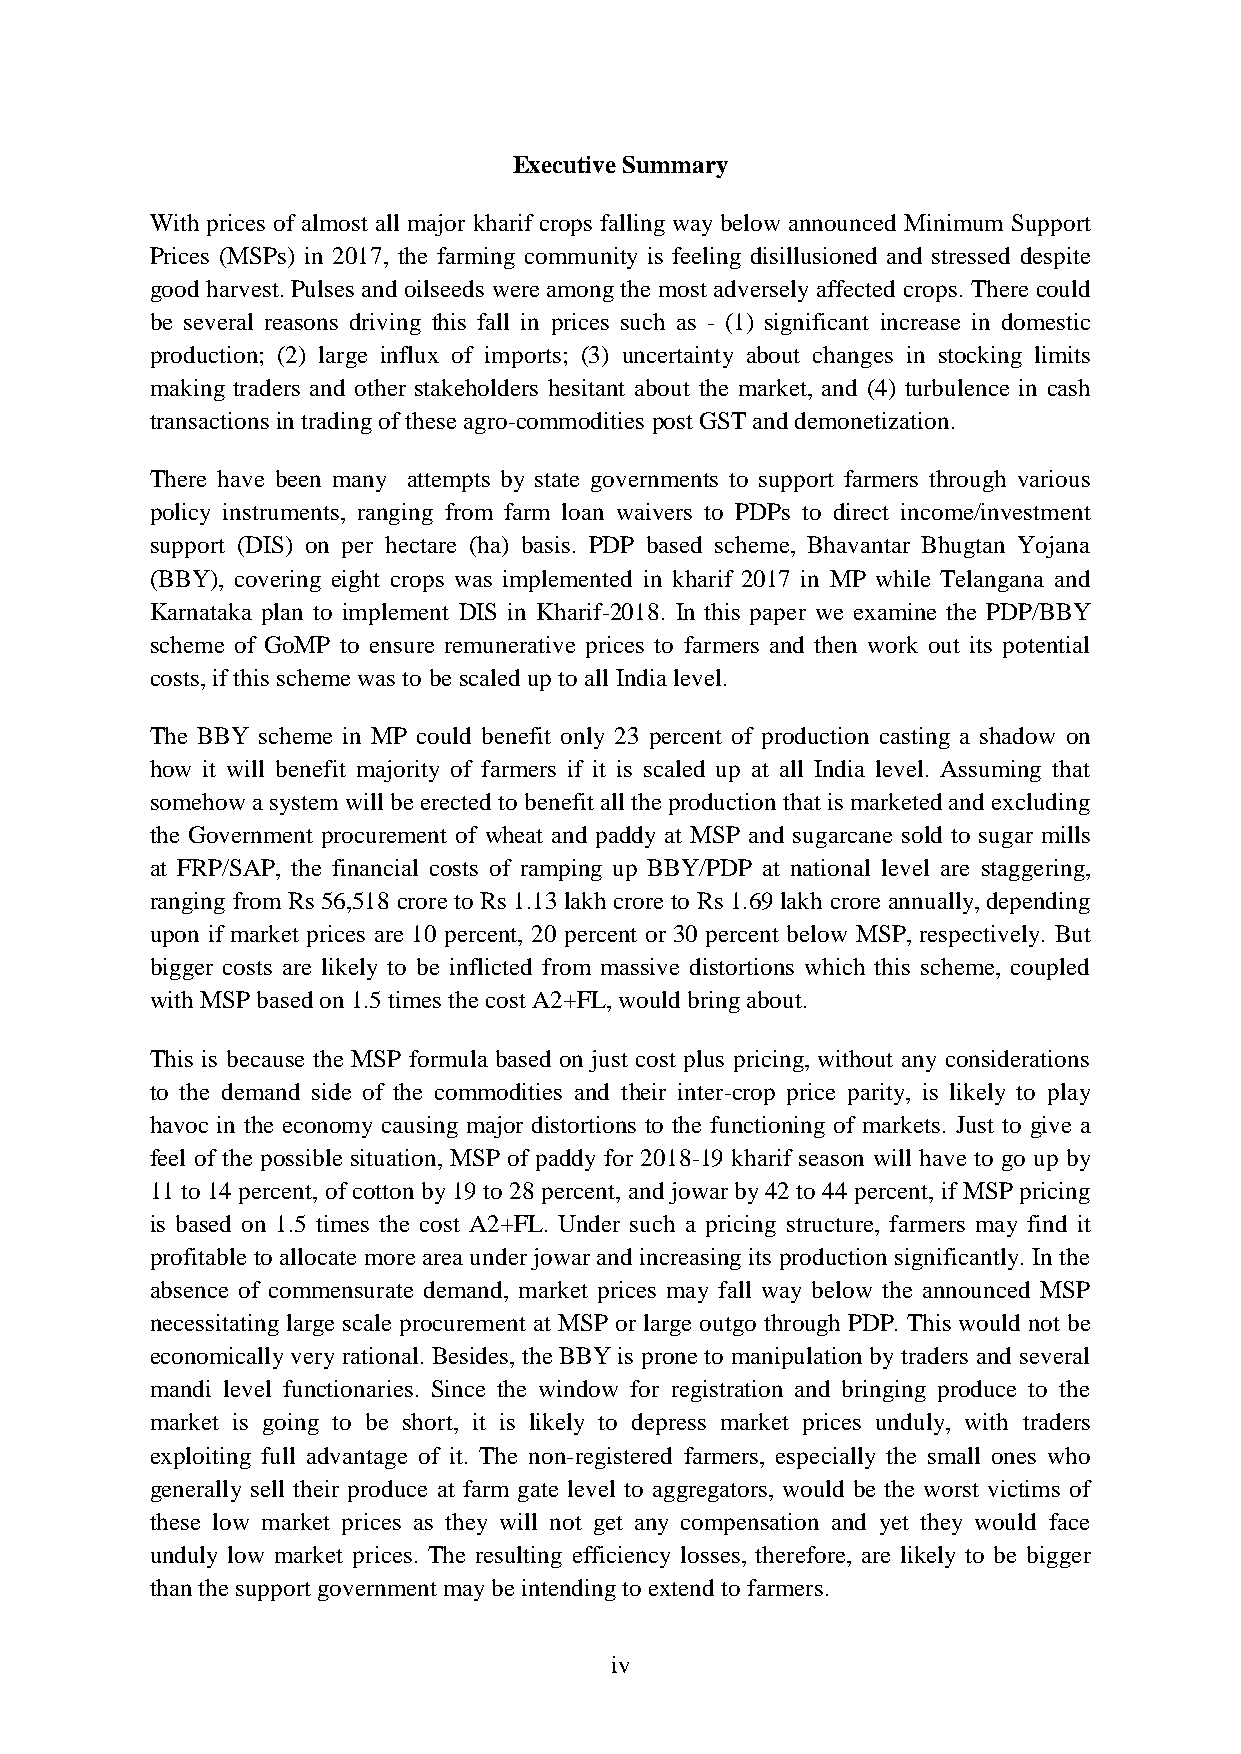
Executive Summary
 With prices of almost all major kharif crops falling way below announced Minimum Support
 Prices (MSPs) in 2017, the farming community is feeling disillusioned and stressed despite
 good harvest. Pulses and oilseeds were among the most adversely affected crops. There could
 be several reasons driving this fall in prices such as - (1) significant increase in domestic
 production; (2) large influx of imports; (3) uncertainty about changes in stocking limits
 making traders and other stakeholders hesitant about the market, and (4) turbulence in cash
 transactions in trading of these agro-commodities post GST and demonetization.
 There have been many attempts by state governments to support farmers through various
 policy instruments, ranging from farm loan waivers to PDPs to direct income/investment
 support (DIS) on per hectare (ha) basis. PDP based scheme, Bhavantar Bhugtan Yojana
 (BBY), covering eight crops was implemented in kharif 2017 in MP while Telangana and
 Karnataka plan to implement DIS in Kharif-2018. In this paper we examine the PDP/BBY
 scheme of GoMP to ensure remunerative prices to farmers and then work out its potential
 costs, if this scheme was to be scaled up to all India level.
 The BBY scheme in MP could benefit only 23 percent of production casting a shadow on
 how it will benefit majority of farmers if it is scaled up at all India level. Assuming that
 somehow a system will be erected to benefit all the production that is marketed and excluding
 the Government procurement of wheat and paddy at MSP and sugarcane sold to sugar mills
 at FRP/SAP, the financial costs of ramping up BBY/PDP at national level are staggering,
 ranging from Rs 56,518 crore to Rs 1.13 lakh crore to Rs 1.69 lakh crore annually, depending
 upon if market prices are 10 percent, 20 percent or 30 percent below MSP, respectively. But
 bigger costs are likely to be inflicted from massive distortions which this scheme, coupled
 with MSP based on 1.5 times the cost A2+FL, would bring about.
 This is because the MSP formula based on just cost plus pricing, without any considerations
 to the demand side of the commodities and their inter-crop price parity, is likely to play
 havoc in the economy causing major distortions to the functioning of markets. Just to give a
 feel of the possible situation, MSP of paddy for 2018-19 kharif season will have to go up by
 11 to 14 percent, of cotton by 19 to 28 percent, and jowar by 42 to 44 percent, if MSP pricing
 is based on 1.5 times the cost A2+FL. Under such a pricing structure, farmers may find it
 profitable to allocate more area under jowar and increasing its production significantly. In the
 absence of commensurate demand, market prices may fall way below the announced MSP
 necessitating large scale procurement at MSP or large outgo through PDP. This would not be
 economically very rational. Besides, the BBY is prone to manipulation by traders and several
 mandi level functionaries. Since the window for registration and bringing produce to the
 market is going to be short, it is likely to depress market prices unduly, with traders
 exploiting full advantage of it. The non-registered farmers, especially the small ones who
 generally sell their produce at farm gate level to aggregators, would be the worst victims of
 these low market prices as they will not get any compensation and yet they would face
 unduly low market prices. The resulting efficiency losses, therefore, are likely to be bigger
 than the support government may be intending to extend to farmers.
 iv